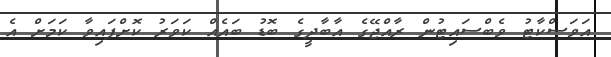
އަވަސްކާޓު ވެބްސައިޓުން ރާއްޖޭގެ އާބާދީގެ ބޮޑު ބައެއް ކަވަރު ކޮށްފައިވާ ކަމަށް އެ